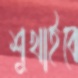
শুখাইবে